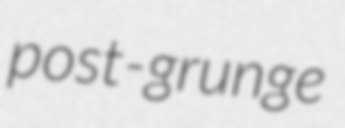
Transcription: post-grunge